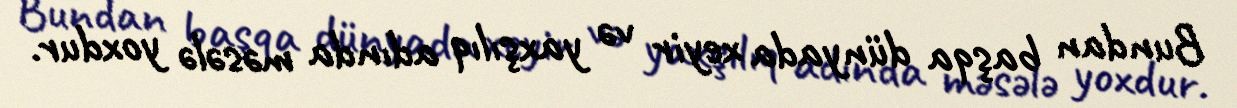
Bundan başqa dünyada xeyir və yaxşılıq adında məsələ yoxdur.